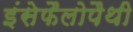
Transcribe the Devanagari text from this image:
इंसेफैलोपैथी